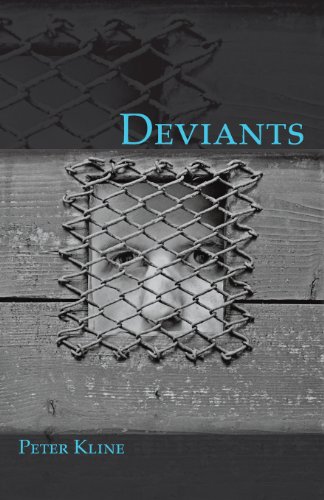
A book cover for Deviants; Peter Kline; Literature & Fiction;